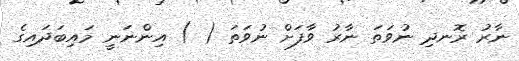
ނާރު ރޮނދި ނުވަތަ ނާރު ވާފަށް ނުވަތަ ( ) އިންނަނީ މައިބަދައިގެ